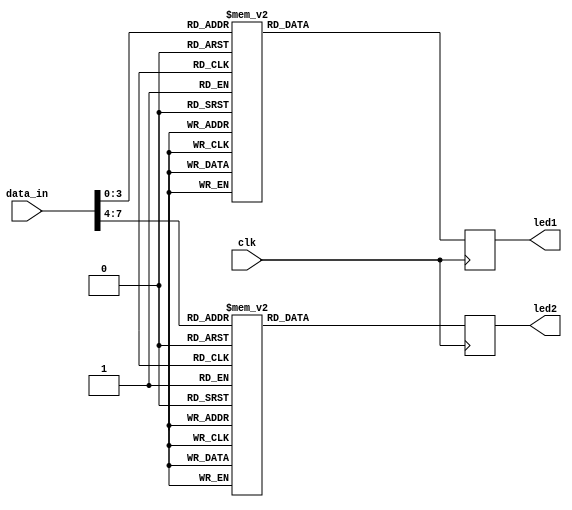
`timescale 1ns / 1ps
module led7seg(input clk, 
				 input  [7:0] data_in,
				 output [0:6] led1, 
				 output [0:6] led2);
				 
reg	[0:6] HEX1	;
reg	[0:6] HEX2	;		 

always @(posedge clk) begin
			
			// so snh voi bien led de hien thi ra led 7 doan
			case (data_in[3:0]) 
				4'b0000 : HEX1 = 7'b0000001;
				4'b0001 : HEX1 = 7'b1001111;
				4'b0010 : HEX1 = 7'b0010010;
				4'b0011 : HEX1 = 7'b0000110;
				4'b0100 : HEX1 = 7'b1001100;
				4'b0101 : HEX1 = 7'b0100100;
				4'b0110 : HEX1 = 7'b0100000;
				4'b0111 : HEX1 = 7'b0001111;
				4'b1000 : HEX1 = 7'b0000000;
				4'b1001 : HEX1 = 7'b0000100;
				default : HEX1 = 7'b0000001; // trang thai ban dau la 0
			endcase
			case (data_in[7:4]) 
				4'b0000 : HEX2 = 7'b0000001;
				4'b0001 : HEX2 = 7'b1001111;
				4'b0010 : HEX2 = 7'b0010010;
				4'b0011 : HEX2 = 7'b0000110;
				4'b0100 : HEX2 = 7'b1001100;
				4'b0101 : HEX2 = 7'b0100100;
				4'b0110 : HEX2 = 7'b0100000;
				4'b0111 : HEX2 = 7'b0001111;
				4'b1000 : HEX2 = 7'b0000000;
				4'b1001 : HEX2 = 7'b0000100;
				default : HEX2 = 7'b0000001; // trang thai ban dau la 0
			endcase
			
   end
	
assign led1 = HEX1;
assign led2 = HEX2;
endmodule